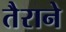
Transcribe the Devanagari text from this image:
तैराने